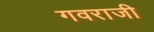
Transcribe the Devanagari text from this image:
गवराजी